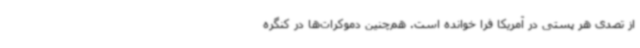
از تصدی هر پستی در آمریکا فرا خوانده است. هم‌چنین دموکرات‌ها در کنگره